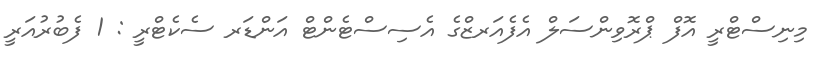
މިނިސްޓްރީ އޮފް ޕްރޮވިންސަލް އެފެއަރޒްގެ އެސިސްޓެންޓް އަންޑަރ ސެކެޓްރީ : 1 ފެބުރުއަރީ